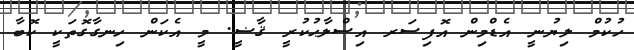
ހުކުމް ލިޔުނީ އެޑްމިން އޮފިސަރ އިސްލާޙުކުރީ ޤާޟީ. މީ އެކަން ހިނގާގޮތަކީ ކޮބާ